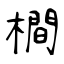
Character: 橺